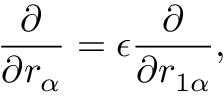
\frac { \partial } { \partial r _ { \alpha } } = \epsilon \frac { \partial } { \partial r _ { 1 \alpha } } ,